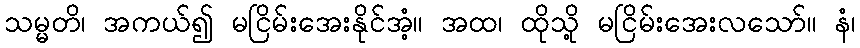
သမ္မတိ၊ အကယ်၍ မငြိမ်းအေးနိုင်အံ့။ အထ၊ ထိုသို့ မငြိမ်းအေးလသော်။ နံ၊